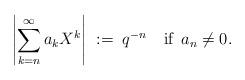
LaTeX: \begin{align*}\left|\sum_{k=n}^\infty a_kX^k\right|\; :=\; q^{-n}\quad\mbox{if $\,a_n\not=0$.}\end{align*}